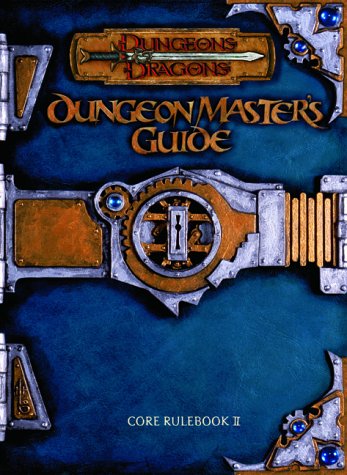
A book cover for Dungeon Master's Guide: Core Rulebook II (Dungeons & Dragons); Monte Cook; Science Fiction & Fantasy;